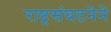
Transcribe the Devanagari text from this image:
राष्ट्रसंघटनेने